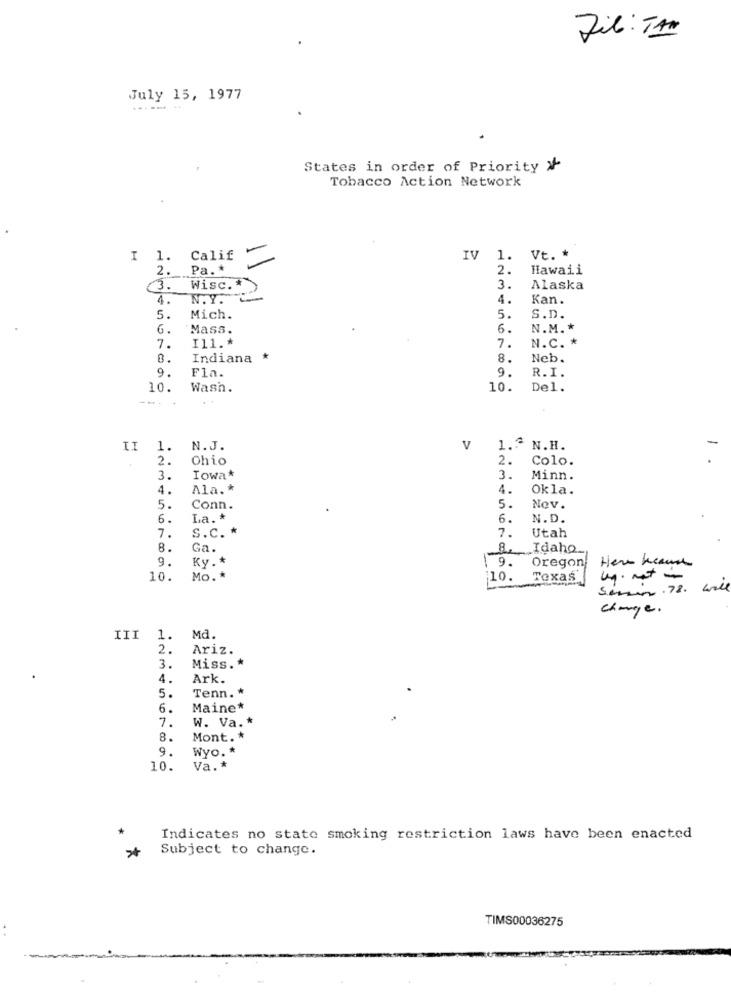
Fil : TAN
July 15, 1977
----- -
States in order of Priority X
Tobacco Action Network
I 1. Calif
IV
1.
Vt. *
2.
Pa. *
2.
Hawaii
3.
Wisc .*
3.
Alaska
4.
N.Y.
4.
Kan.
5.
Mich.
5.
S.D.
6.
Mass.
6.
N.M .*
Il1 .*
7.
N.C. *
7.
0.
Indiana *
8.
Neb.
9.
Fla.
9.
R.I.
10.
Wash.
10.
Del.
II
1.
N. J.
V
1. N.H.
2.
Ohio
2.
Colo.
3.
Iowa*
3.
Minn.
4.
Ala. *
4.
Okla.
5.
Conn.
5.
Nov.
6.
La .*
6.
N.D.
7.
7.
S.c. *
Utah
8.
Ga.
8. Idaho.
9.
9.
Here keaux
Ky .*
Oregon
10.
Mo .*
10. Texas
um-
Semen. 78. will
change.
III
1.
Md.
2.
Ariz.
3.
Miss .*
4.
Ark.
Tenn. *
5.
6.
Maine*
7.
W. Va .*
Mont. *
9.
Wyo. *
10.
Va .*
Indicates no stato smoking restriction laws have been enacted
*
Subject to change.
TIMS00036275
. .